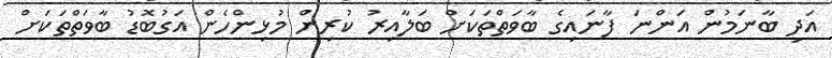
އަދި ބާނަމުން އަންނަ ފާނައިގެ ބާވަތްތަކަށް ބަލާއިރު ކުރިން މުޅިންހެން އަގުބޮޑު ބާވަތްތަކަށް